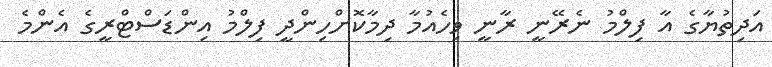
އަދިތުޔާގެ އާ ފިލްމު ނެރޭނީ ރާނީ ވިހެއުމާ ދިމާކޮށްހިންދީ ފިލްމު އިންޑަސްޓްރީގެ އެންމެ